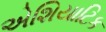
એશિયાટિક